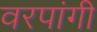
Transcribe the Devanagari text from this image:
वरपांगी